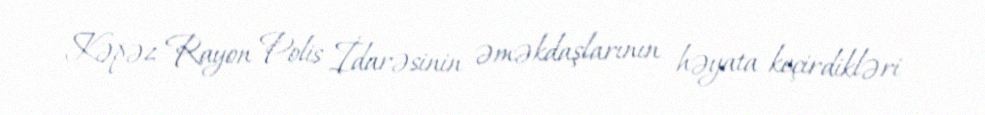
Kəpəz Rayon Polis İdarəsinin əməkdaşlarının həyata keçirdikləri